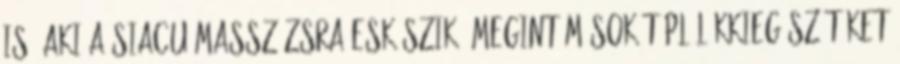
is, aki a siacu masszázsra esküszik. megint mások táplálékkiegészítőket